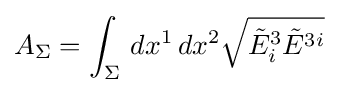
A_{\Sigma }=\int _{\Sigma }\,dx^{1}\,dx^{2}{\sqrt {{\tilde {E}}_{i}^{3}{\tilde {E}}^{3i}}}